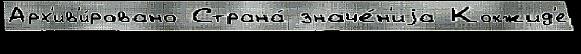
Арх'ив'и́ровано Страна́ значе́н'иjа Кокжид'е